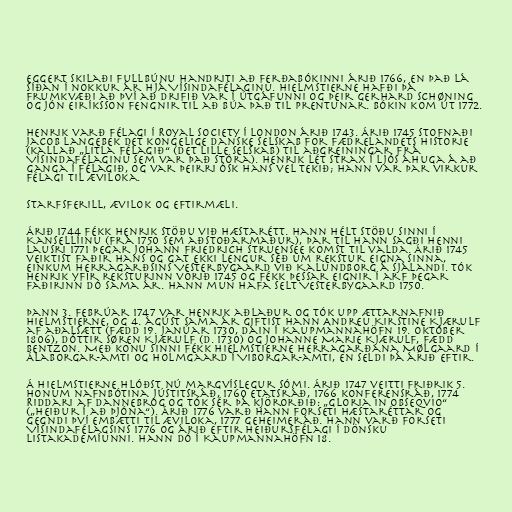
Eggert skilaði fullbúnu handriti að Ferðabókinni árið 1766, en það lá
síðan í nokkur ár hjá Vísindafélaginu. Hielmstierne hafði þá
frumkvæði að því að drifið var í útgáfunni og þeir Gerhard Schøning
og Jón Eiríksson fengnir til að búa það til prentunar. Bókin kom út 1772.

Henrik varð félagi í Royal Society í London árið 1743. Árið 1745 stofnaði
Jacob Langebek Det kongelige danske Selskab for Fædrelandets Historie
(kallað „Litla félagið“ (Det lille Selskab) til aðgreiningar frá
Vísindafélaginu sem var það stóra). Henrik lét strax í ljós áhuga á að
ganga í félagið, og var þeirri ósk hans vel tekið; hann var þar virkur
félagi til æviloka.

Starfsferill, ævilok og eftirmæli.

Árið 1744 fékk Henrik stöðu við hæstarétt. Hann hélt stöðu sinni í
Kansellíinu (frá 1750 sem aðstoðarmaður), þar til hann sagði henni
lausri 1771 þegar Johann Friedrich Struensee komst til valda. Árið 1745
veiktist faðir hans og gat ekki lengur séð um rekstur eigna sinna,
einkum herragarðsins Vesterbygaard við Kalundborg á Sjálandi. Tók
Henrik yfir reksturinn vorið 1745 og fékk þessar eignir í arf þegar
faðirinn dó sama ár. Hann mun hafa selt Vesterbygaard 1750.

Þann 3. febrúar 1747 var Henrik aðlaður og tók upp ættarnafnið
Hielmstierne, og 4. ágúst sama ár giftist hann Andreu Kirstine Kjærulf
af aðalsætt (fædd 19. janúar 1730, dáin í Kaupmannahöfn 19. október
1806), dóttir Søren Kjærulf (d. 1730) og Johanne Marie Kjærulf, fædd
Bentzon. Með konu sinni fékk Hielmstierne herragarðana Mølgaard í
Álaborgar-amti og Holmgaard í Viborgar-amti, en seldi þá árið eftir.

Á Hielmstierne hlóðst nú margvíslegur sómi. Árið 1747 veitti Friðrik 5.
honum nafnbótina jústitsráð, 1760 etatsráð, 1766 konferensráð, 1774
Riddari af Dannebrog og tók sér þá kjörorðið: „Gloria in obseqvio“
(„Heiður í að þjóna“). Árið 1776 varð hann forseti Hæstaréttar og
gegndi því embætti til æviloka, 1777 geheimeráð. Hann varð forseti
Vísindafélagsins 1776 og árið eftir heiðursfélagi í Dönsku
listakademíunni. Hann dó í Kaupmannahöfn 18.